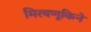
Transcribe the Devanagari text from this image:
मिरवणूकिने